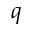
q